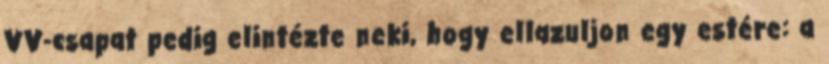
VV-csapat pedig elintézte neki, hogy ellazuljon egy estére: a